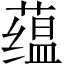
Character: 蕴